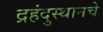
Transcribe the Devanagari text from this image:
द्रहंदुस्थानचे